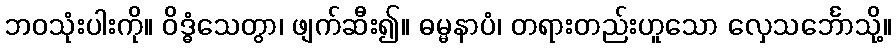
ဘဝသုံးပါးကို။ ဝိဒ္ဓံသေတွာ၊ ဖျက်ဆီး၍။ ဓမ္မနာပံ၊ တရားတည်းဟူသော လှေသင်္ဘောသို့။